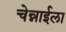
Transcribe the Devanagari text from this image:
चेन्नाईला